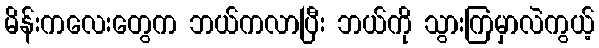
မိန်းကလေးတွေက ဘယ်ကလာပြီး ဘယ်ကို သွားကြမှာလဲကွယ့်